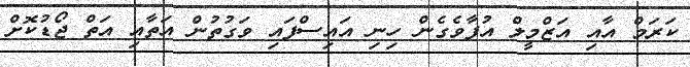
ކަރަމް އާއި އަޒްމީލް އުފާވެގެން ހިނި އައިސްފައި ވަގުތުން އަތާއި އަތް ޖޯޑުކޮށް